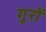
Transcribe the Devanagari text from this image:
गुरों